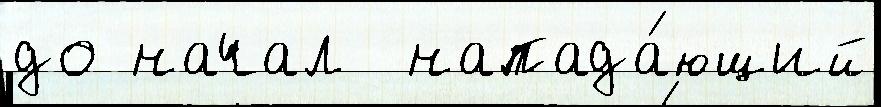
до начал  напада́ющий